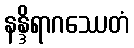
နန္ဒိရာဂဿေတံ